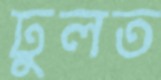
ঢুলত